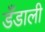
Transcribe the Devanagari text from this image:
डँडाली